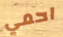
احمي